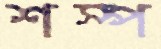
শস্প